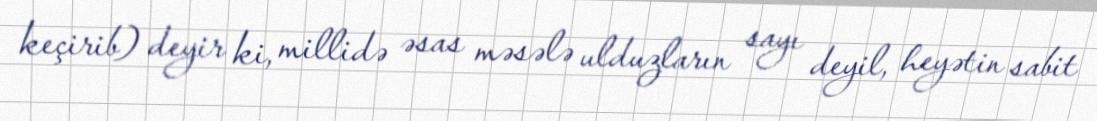
keçirib) deyir ki, millidə əsas məsələ ulduzların sayı deyil, heyətin sabit